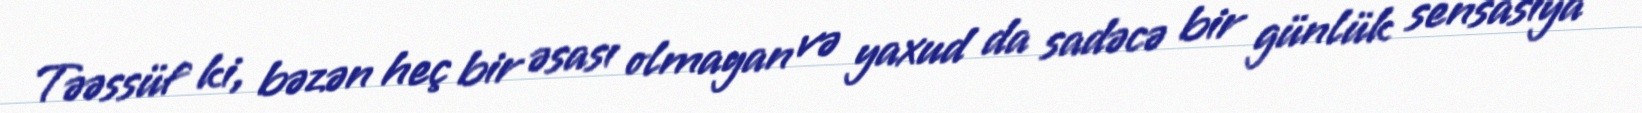
Təəssüf ki, bəzən heç bir əsası olmayan və yaxud da sadəcə bir günlük sensasiya